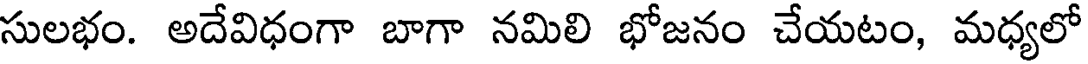
సులభం. అదేవిధంగా బాగా నమిలి భోజనం చేయటం, మధ్యలో